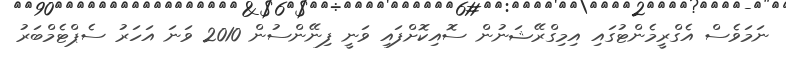
ނަމަވެސް އެގްރީމެންޓުގައި އިމިގްރޭޝަނުން ސޮއިކޮށްފައި ވަނީ ފިނޭންސުން 2010 ވަނަ އަހަރު ސެޕްޓެމްބަރު